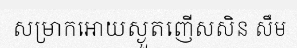
សម្រាកអោយស្ងួតញើសសិន សឹម